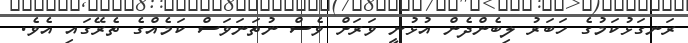
ރަނގަޅުކަމުގެ ހަބަރު ލިބެންދެން އުޅުނީ ވަރަށް ވެސް ނުތަނަވަސް ކަމެއްގެ ތެރޭގައި އެވެ.